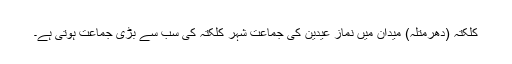
کلکتہ (دھرمتلہ) میدان میں نمازِ عیدین کی جماعت شہر کلکتہ کی سب سے بڑی جماعت ہوتی ہے۔